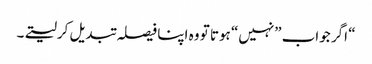
“ اگر جواب ”نہیں“ ہوتا تو وہ اپنا فیصلہ تبدیل کرلیتے۔